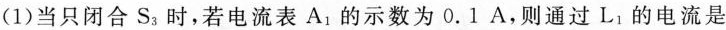
(1)当只闭合S_{3}时，若电流表A_{1}的示数为0.1A，则通过L_{1}的电流是